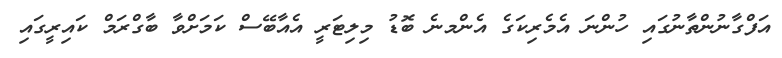
އަފްގާނުންތާނުގައި ހުންނަ އެމެރިކަގެ އެންމނެ ބޮޑު މިލިޓަރީ އެއާބޭސް ކަމަށްވާ ބާގްރަމް ކައިރީގައި